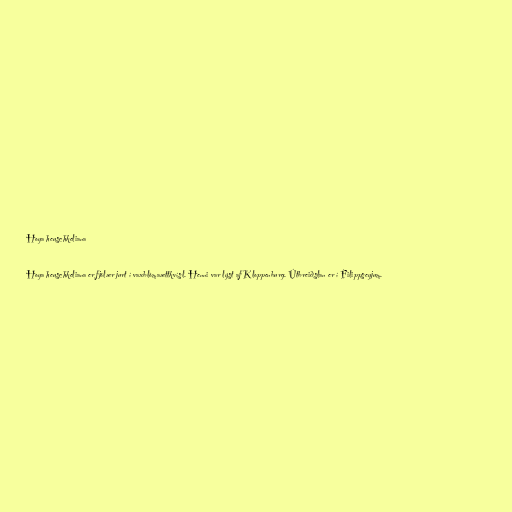
Hoya heuschkeliana

Hoya heuschkeliana er fjölær jurt í vaxblómaættkvísl. Henni var lýst af Kloppenburg. Útbreiðslan er í Filippseyjum.